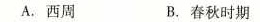
A.西周 B.春秋时期